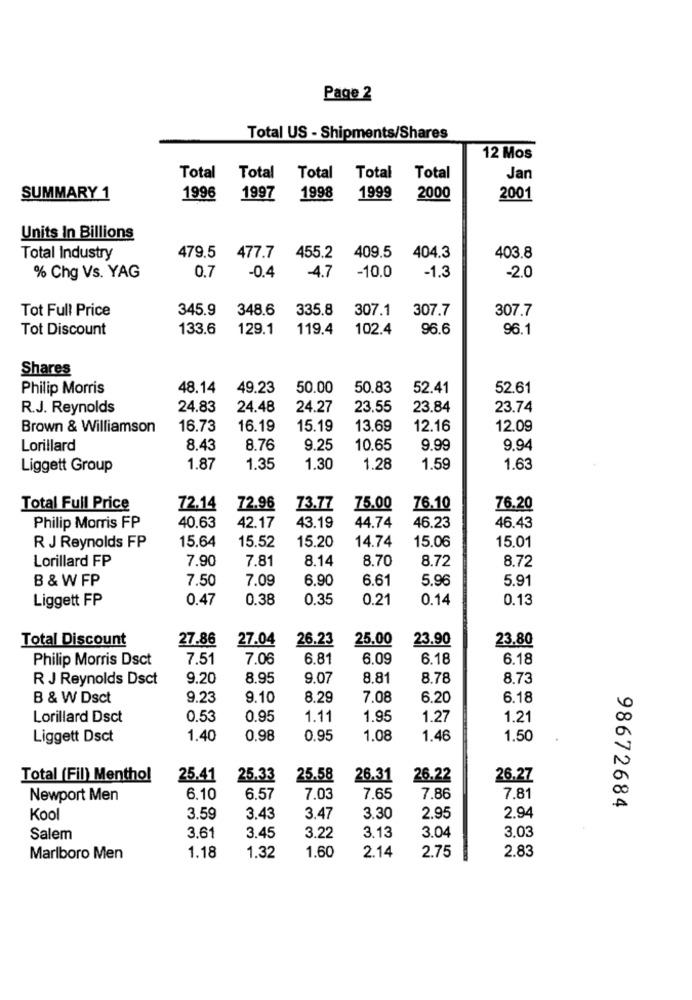
Page 2
Total US - Shipments/Shares
12 Mos
Total
Total
Total
Total
Total
Jan
SUMMARY 1
1996
1997
1998
1999
2000
2001
Units In Billions
Total Industry
479.5 477.7
455.2
409.5 404.3
403.8
0.7
-0.4
-4.7
-10.0
-1.3
% Chg Vs. YAG
-2.0
Tot Full Price
345.9
348.6
335.8
307.1
307.7
307.7
Tot Discount
133.6
129.1
119.4
102.4
96.6
96.1
Shares
Philip Morris
48.14
49.23
50.00
50.83
52.41
52.61
R.J. Reynolds
24.83
24.48
24.27
23.55
23.84
23.74
Brown & Williamson
16.73
16.19
15.19
13.69
12.16
12.09
Lorillard
8.43
8.76
9.25
10.65
9.99
9.94
Liggett Group
1.87
1.35
1.30
1.28
1.59
1.63
Total Full Price
72.14
72.96
73.77
75.00
76.10
76.20
43.19
44.74
Philip Morris FP
40.63
42.17
46.23
46.43
15.64
15.20
14.74
15.06
15,01
R J Reynolds FP
15.52
Lorillard FP
7.90
7.81
8.14
8.70
8.72
8.72
B & W FP
7.50
7.09
6.90
6.61
5.96
5.91
Liggett FP
0.47
0.38
0.35
0.21
0.14
0.13
Total Discount
27.86
27.04
26.23
25.00
23.90
23,80
Philip Morris Dsct
7.51
7.06
6.81
6.09
6.18
6.18
R J Reynolds Dsct
9.20
8.95
9.07
8.81
8.78
8.73
B & W Dsct
9.23
9.10
8.29
7.08
6.20
6.18
Lorillard Dsct
0.53
0.95
1.11
1.95
1.27
1.21
Liggett Dsct
1.40
0.98
0.95
1.08
1.46
1,50
Total (Fil) Menthol
25.41
25.33
25.58
26.31
26.22
26.27
Newport Men
6.10
6.57
7.03
7.65
7.86
7.81
98672684
Kool
3.59
3.43
3.47
3.30
2.95
2.94
3,03
Salem
3.61
3.45
3.22
3.13
3.04
2.14
2.75
2.83
Marlboro Men
1.18
1.32
1.60